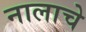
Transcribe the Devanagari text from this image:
नालाचे